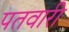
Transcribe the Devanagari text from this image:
पतवारी